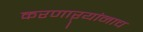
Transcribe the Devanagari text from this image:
करणाऱ्यांनाच